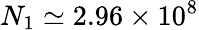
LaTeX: N_{1}\simeq 2.96\times 10^{8}